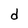
Character: d